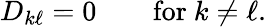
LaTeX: D_{k\ell}=0\qquad{\mathrm{for~}}k\neq\ell.